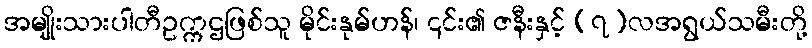
အမျိုးသားပါတီဥက္ကဌဖြစ်သူ မိုင်းနုမ်ဟန်၊ ၎င်း၏ ဇနီးနှင့် (၇)လအရွယ်သမီးတို့